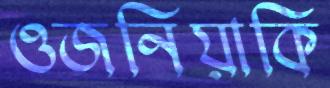
ওজনিয়াকি